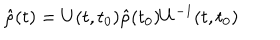
\hat { \rho } ( t ) = U ( t , t _ { 0 } ) \hat { \rho } ( t _ { 0 } ) U ^ { - 1 } ( t , t _ { 0 } )